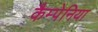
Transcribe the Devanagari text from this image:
कैम्पेनिया